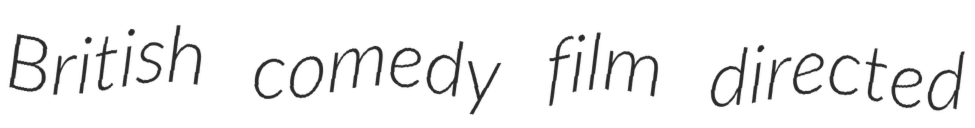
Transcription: British comedy film directed